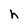
Character: h